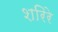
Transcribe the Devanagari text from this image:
शरिरे